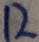
1 2